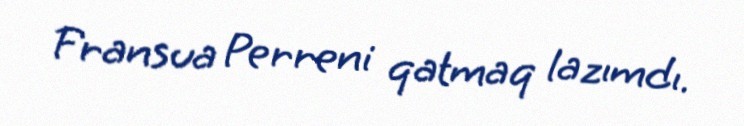
Fransua Perreni qatmaq lazımdı.